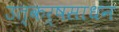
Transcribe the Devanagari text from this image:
उत्कर्षसाधन